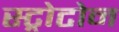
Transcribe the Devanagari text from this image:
स्ट्रोटोन